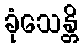
ခုံသေန္တိ